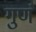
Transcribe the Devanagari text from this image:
गुणं